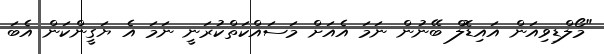
"މޯލްޑިވިއަން އައިޑޮލް ބޭނުން ނަމަ އެއަށް މަސައްކަތްކުރަނީ ނަމަ އެ ޔަގީންކަން އެބަ